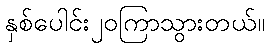
နှစ်ပေါင်း၂၀ကြာသွားတယ်။